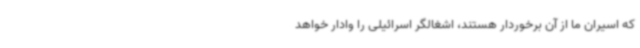
که اسیران ما از آن برخوردار هستند، اشغالگر اسرائیلی را وادار خواهد